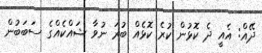
ދޭއް: އެއީ ދެ ކޮޅުން ކުރެ ކޮޅެއް ބުރަ ނުވާ ޝައްކެއްގެ ސަބަބުން